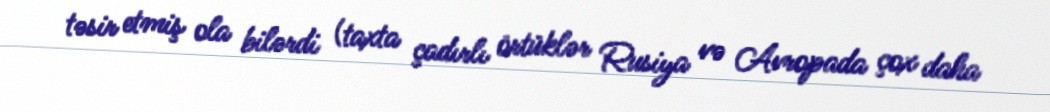
təsir etmiş ola bilərdi (taxta çadırlı örtüklər Rusiya və Avropada çox daha